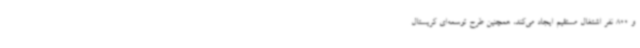
و 800 نفر اشتغال مستقیم ایجاد می‌کند، همچنین طرح توسعه‌ای کریستال